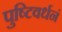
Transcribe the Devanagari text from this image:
पुष्टिवर्धनं